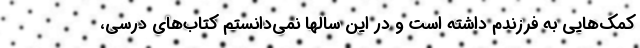
کمک‌هایی به فرزندم داشته است و در این سالها نمی‌دانستم کتاب‌های درسی،